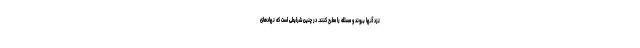
نزد آنها بروند و مسئله را مطرح کنند. در چنین شرایطی است که نهادهای